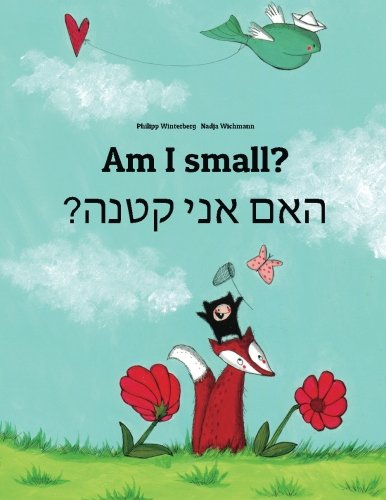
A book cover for Am I small? Ham aney qetnh?: Children's Picture Book English-Hebrew (Dual Language/Bilingual Edition); Philipp Winterberg; Children's Books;